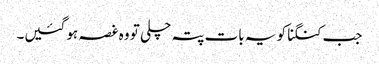
جب کنگنا کو یہ بات پتہ چلی تو وہ غصہ ہو گئیں۔